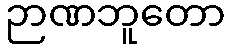
ဉာဏဘူတော